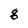
Character: q